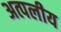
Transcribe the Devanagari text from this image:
अत्पलीय